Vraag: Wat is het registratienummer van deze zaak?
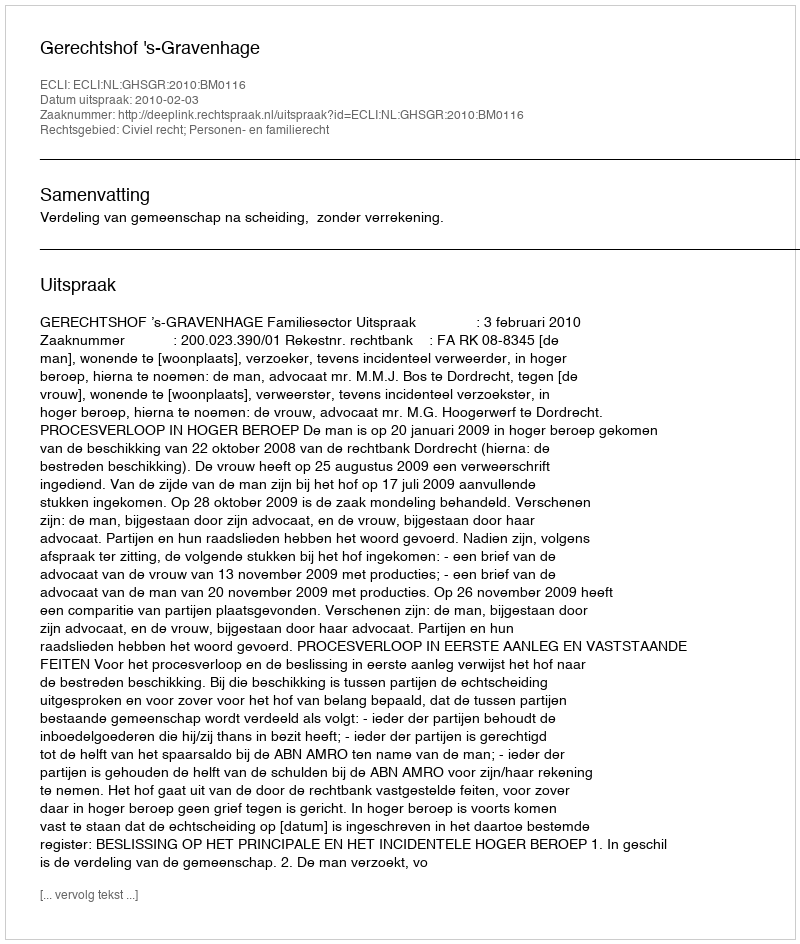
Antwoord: http://deeplink.rechtspraak.nl/uitspraak?id=ECLI:NL:GHSGR:2010:BM0116